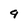
Character: 9